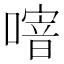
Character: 𠽨